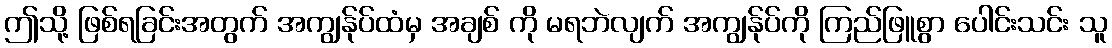
ဤသို့ ဖြစ်ရခြင်းအတွက် အကျွန်ုပ်ထံမှ အချစ် ကို မရဘဲလျက် အကျွန်ုပ်ကို ကြည်ဖြူစွာ ပေါင်းသင်း သူ